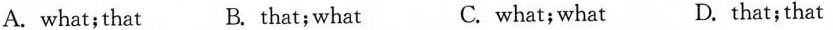
A. what；that B. that；what C. what；what D. that；that